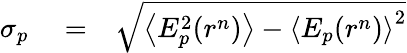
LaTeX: \begin{array}{rlr}{\sigma_{p}}&{{}=}&{\sqrt{\left\langle E_{p}^{2}(r^{n})\right\rangle-\left\langle E_{p}(r^{n})\right\rangle^{2}}}\end{array}